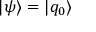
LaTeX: | \psi \rangle = | q _ { 0 } \rangle